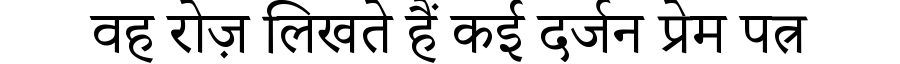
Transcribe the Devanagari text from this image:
वह रोज़ लिखते हैं कई दर्जन प्रेम पत्र